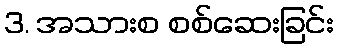
3. အသားစ စစ်ဆေးခြင်း